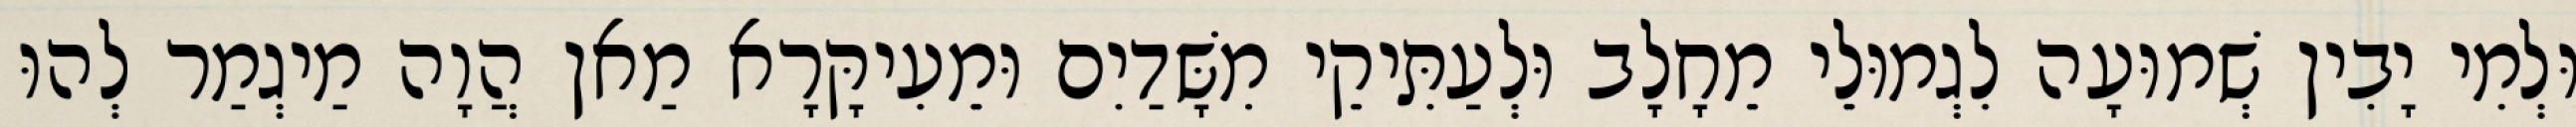
וּלְמִי יָבִין שְׁמוּעָה לִגְמוּלֵי מֵחָלָב וּלְעַתִּיקֵי מִשָּׁדַיִם וּמֵעִיקָּרָא מַאן הֲוָה מַיגְמַר לְהוּ